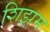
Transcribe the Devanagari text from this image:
शिझम